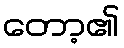
တော့၏